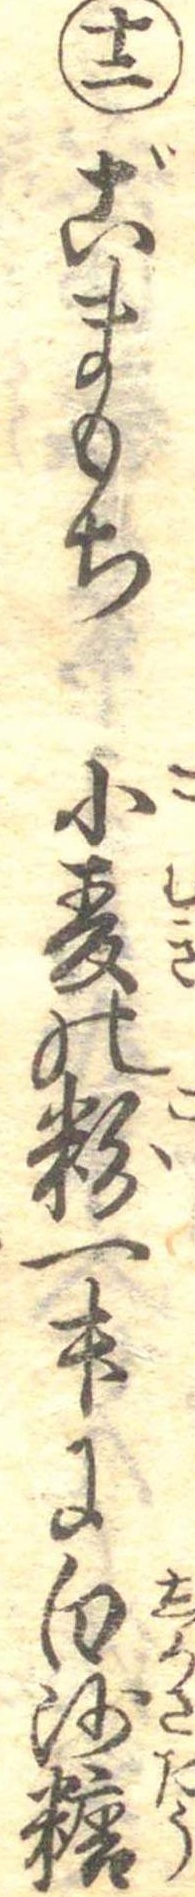
十二ごまもち小麦の粉一升に白沙糖